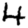
Digit: 4